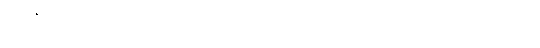
ပဋိဝိဇ္ဈိ။ ဧဝမဿ ဩကာသလောကောပိ သဗ္ဗထာ ဝိဒိတော။ ဧဝမ္ပိ သဗ္ဗထာ ဝိဒိတလောကတ္တာ